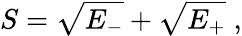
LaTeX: S=\sqrt{E_{-}}+\sqrt{E_{+}}\; ,